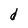
Character: d